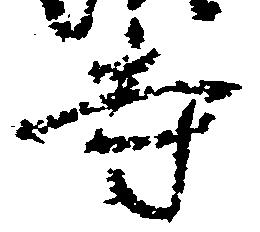
寺